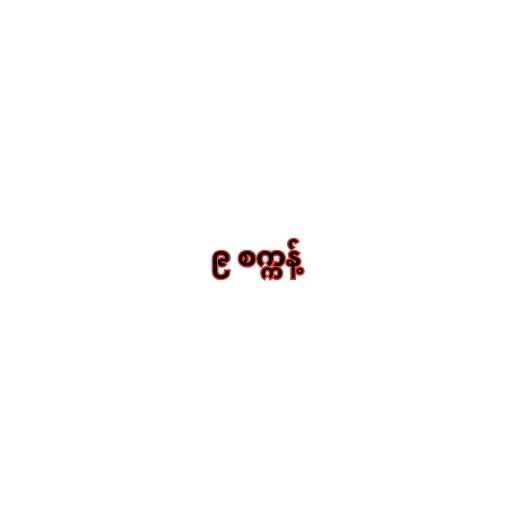
၉ စက္ကန့်